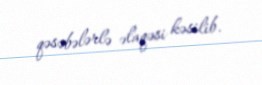
qəsəbələrlə əlaqəsi kəsilib.